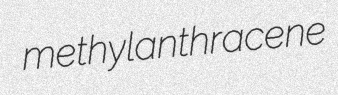
methylanthracene